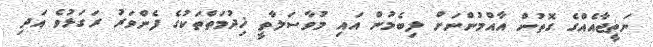
ނަތީޖާއެއްގެ ގޮތުން އާއްމުންނަށް ލިބެމުން އައި މުވާސަލާތީ ޚިދުމަތްތަކުގެ ފެންވަރު ރަގަޅުވެ އަދި